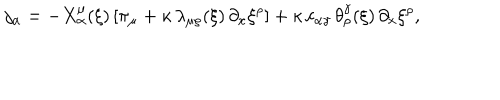
LaTeX: j _ { \alpha } = - X _ { \alpha } ^ { \mu } ( \xi ) \, [ \pi _ { \mu } + \kappa \, \lambda _ { \mu \rho } ( \xi ) \, \partial _ { x } \xi ^ { \rho } ] + \kappa \, c _ { \alpha \gamma } \, \theta _ { \rho } ^ { \gamma } ( \xi ) \, \partial _ { x } \xi ^ { \rho } ,